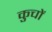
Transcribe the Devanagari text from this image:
कुचों